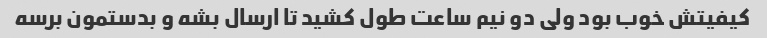
کیفیتش خوب بود ولی دو نیم ساعت طول کشید تا ارسال بشه و بدستمون برسه